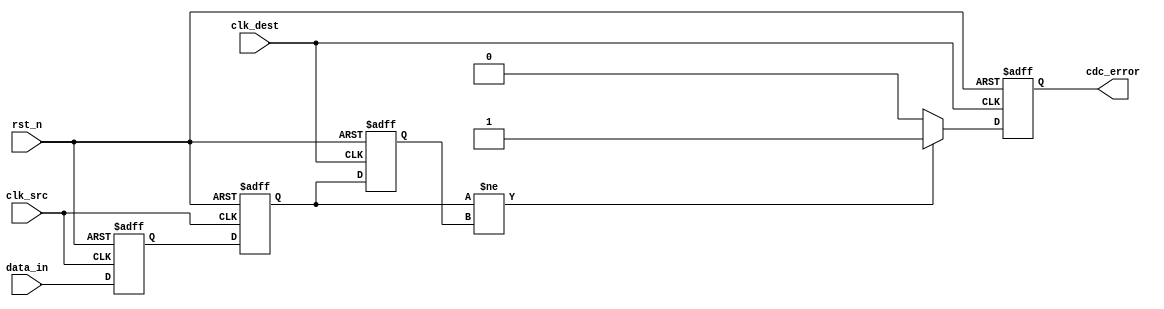
module cdc_detector #(
    parameter DATA_WIDTH = 1, // Width of the data_in signal
    parameter ENABLE_ERROR_DETECTION = 1 // Enable error detection feature
) (
    input wire [DATA_WIDTH-1:0] data_in,         // Input data signal
    input wire clk_src,                           // Source clock
    input wire clk_dest,                          // Destination clock
    input wire rst_n,                             // Asynchronous reset (active low)
    output reg cdc_error                          // CDC error flag
);

    // Synchronizer registers
    reg [DATA_WIDTH-1:0] sync_ff1;
    reg [DATA_WIDTH-1:0] sync_ff2;

    // Error detection registers
    reg [DATA_WIDTH-1:0] data_in_prev;

    // Dual flip-flop synchronizer
    always @(posedge clk_src or negedge rst_n) begin
        if (!rst_n) begin
            sync_ff1 <= 0;
            sync_ff2 <= 0;
        end else begin
            sync_ff1 <= data_in;       // First stage synchronizer
            sync_ff2 <= sync_ff1;      // Second stage synchronizer
        end
    end

    // Error detection logic
    always @(posedge clk_dest or negedge rst_n) begin
        if (!rst_n) begin
            data_in_prev <= 0;
            cdc_error <= 0;
        end else begin
            // Check for changes in the synchronized signal
            if (ENABLE_ERROR_DETECTION) begin
                if (sync_ff2 != data_in_prev) begin
                    cdc_error <= 1; // Set error flag if change is detected
                end else begin
                    cdc_error <= 0; // Clear error flag if no change
                end
                data_in_prev <= sync_ff2; // Update previous value
            end
        end
    end

endmodule